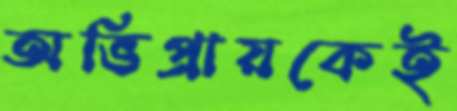
অভিপ্রায়কেই